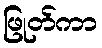
ဖြုတ်ကာ